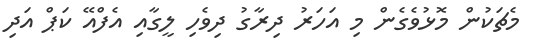
މެޗަކުން މޮޅުވެގެން މި އަހަރު ދިރާގު ދިވެހި ލީގާއި އެފްއޭ ކަޕް އަދި